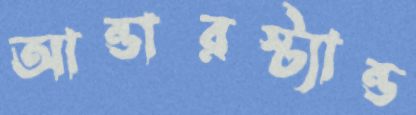
আন্ডারস্ট্যান্ড